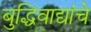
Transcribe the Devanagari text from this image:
बुद्धिवाद्यांचे